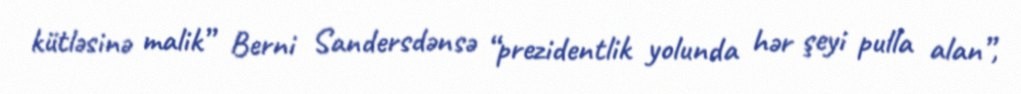
kütləsinə malik” Berni Sandersdənsə “prezidentlik yolunda hər şeyi pulla alan”,